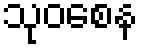
သုဝစေန